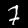
Digit: 7